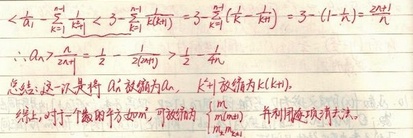
\(\left\langle\overrightarrow{a_{k}}-\frac{\overrightarrow{e_{1}}}{\vert\overrightarrow{e_{1}}\vert}\cdot\overrightarrow{e_{1}},\overrightarrow{e_{1}}-\frac{\overrightarrow{e_{1}}}{\vert\overrightarrow{e_{1}}\vert}\cdot\overrightarrow{e_{1}}\right\rangle = 3\cdot\frac{\overrightarrow{e_{1}}}{\vert\overrightarrow{e_{1}}\vert}(\overrightarrow{k}-\overrightarrow{e_{1}})=3\cdot(1 - k)=\frac{3m}{n}\)

\(\therefore a_{k}>\frac{n}{2m}= \frac{1}{2}-\frac{1}{2f(m)}>\frac{1}{2}-\frac{1}{4n}\)

总结：这一次将 \(A_{k}\) 放缩为\(a_{k}\)， \(k\) 放缩为\(k\in(k,n)\)。综上，对于一个数的平方如\(m^{2}\)，可放缩为 \(\begin{cases}m \\n(m>n)\end{cases}\) 并利用逐项相消法。